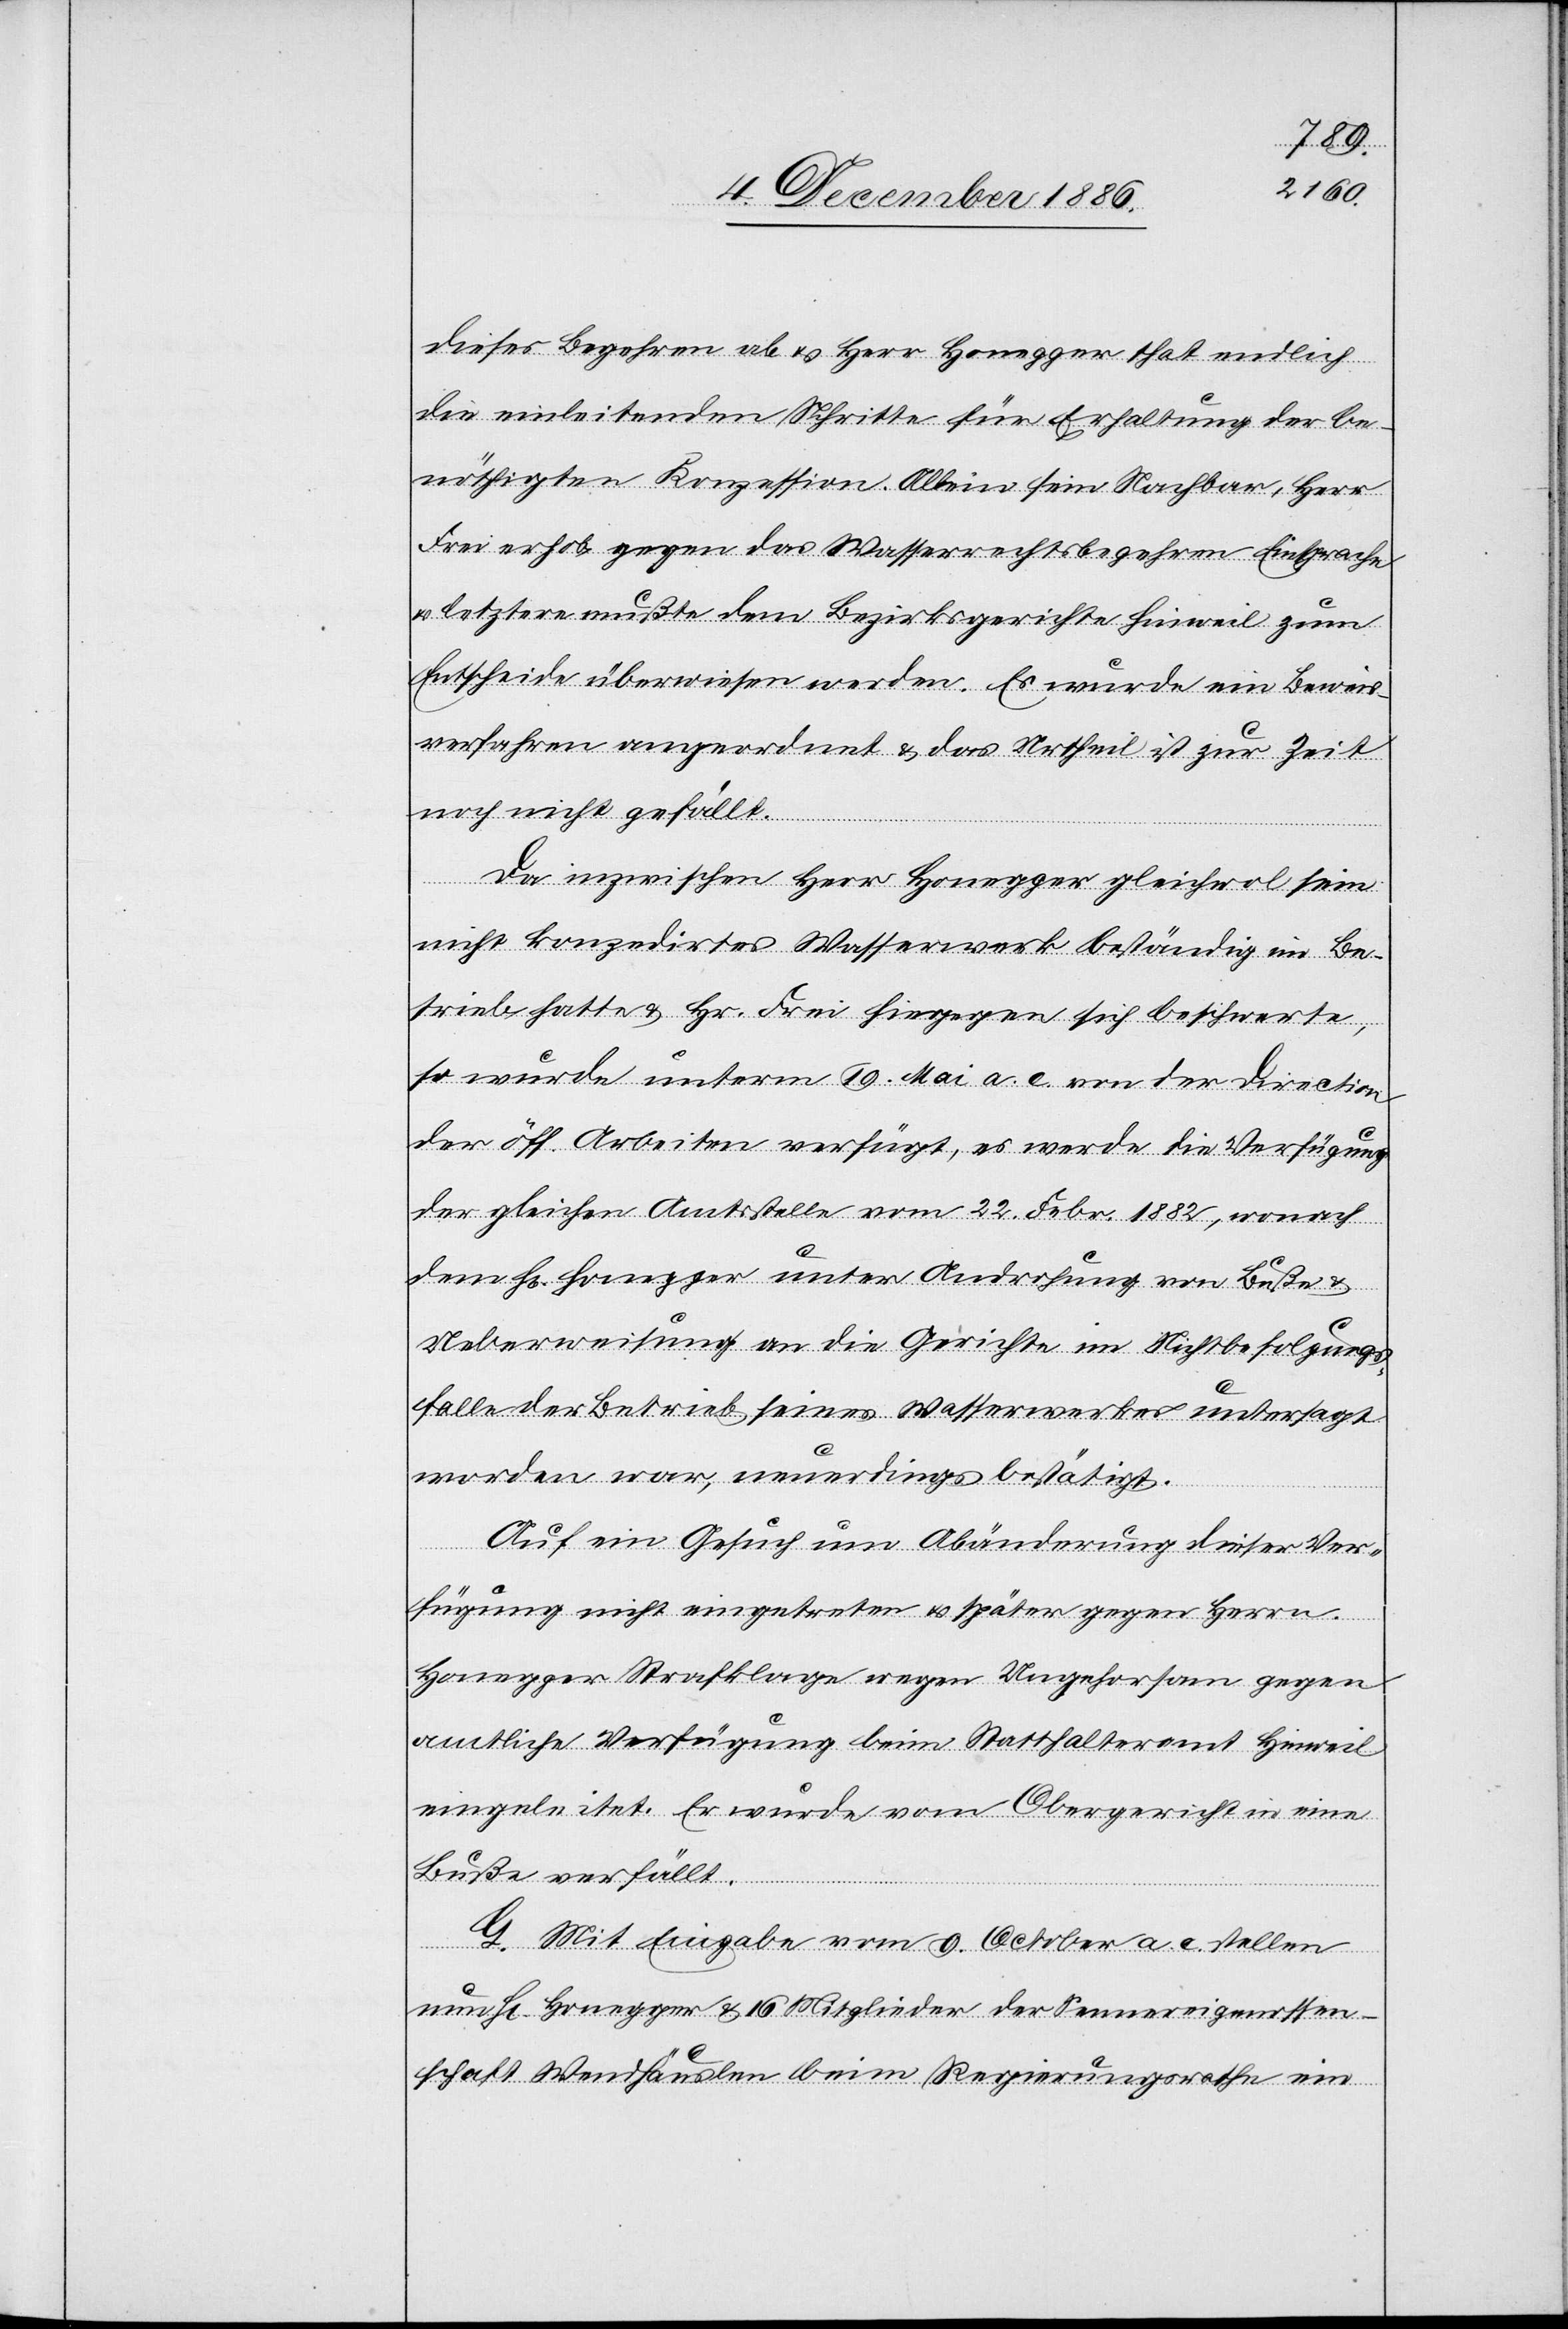
dieses Begehren ab & Herr Honegger that endlich
die einleitenden Schritte für Erhaltung der be¬
nöthigten Konzession. Allein sein Nachbar, Herr
Frei erhob gegen das Wasserrechtsbegehren Einsprache
& letztere mußte dem Bezirksgerichte Hinweil zum
Entscheide überwiesen werden. Es wurde ein Beweis¬
verfahren angeordnet & das Urtheil ist zur Zeit
noch nicht gefällt.
Da inzwischen Herr Honegger gleichwol sein
nicht konzedirtes Wasserwerk beständig im Be¬
trieb hatte & Hr. Frei hiegegen sich beschwerte,
so wurde unterm 19. Mai a. c. von der Direction
der öff. Arbeiten verfügt, es werde die Verfügung
der gleichen Amtsstelle vom 22. Febr. 1882, wonach
dem H[errn] Honegger unter Androhung von Buße &
Ueberweisung an die Gerichte im Nichtbefolgungs¬
falle der Betrieb seines Wasserwerkes untersagt
worden war, neuerdings bestätigt.
Auf ein Gesuch um Abänderung dieser Ver¬
fügung
[wurde] nicht eingetreten & später gegen Herrn
Honegger Strafklage wegen Ungehorsam gegen
amtliche Verfügung beim Statthalteramt Hinweil
eingeleitet. Er wurde vom Obergericht in eine
Buße verfällt.
nun
G. Mit Eingabe vom 9. October a. c. stellen
Hr. Honegger & 16 Mitglieder der Sennereigenossen¬
schaft Wendhäuslen beim Regierungsrathe ein